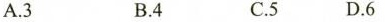
A.3 B.4 C.5 D.6